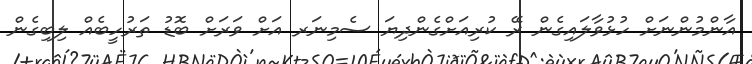
އާންމުންނަށް ހުޅުވާލައިގެން ރޭ ކުރިއަށްގެންދިޔަ ސެމިނަރ އަށް ވަރަށް ބޮޑު ތަރުހީބެއް ލިބިގެން